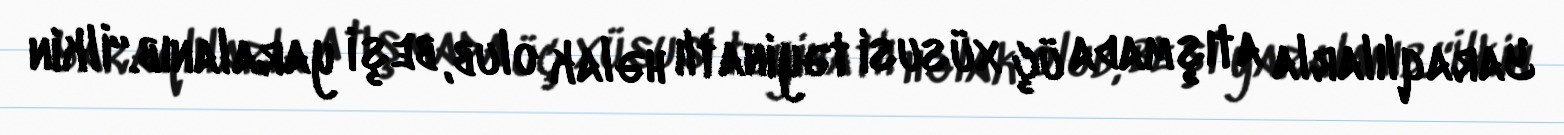
Yaraqlılarla atışmada üç xüsusi təyinatlı həlak olub, beşi yaralanıb.“İlkin